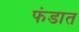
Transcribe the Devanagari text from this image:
फंडात